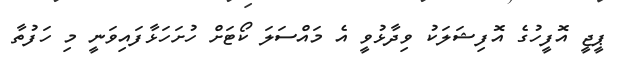
ޕީޖީ އޮފީހުގެ އޮފިޝަލަކު ވިދާޅުވީ އެ މައްސަލަ ކޯޓަށް ހުށަހަޅާފައިވަނީ މި ހަފުތާ